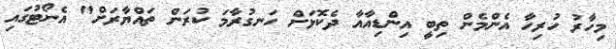
މިހާރު ހުރިހާ އެންމެން ތިބީ އިންޑިއާއާ ދެކޮޅަށް ހަނގުރާމަ ކުރަން ތައްޔާރަށް" އެނޯޓުގައި